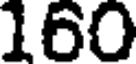
160